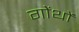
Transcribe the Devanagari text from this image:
गोंथों